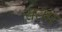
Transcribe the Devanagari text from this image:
सतम